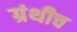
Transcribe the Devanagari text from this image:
ग्रंथीच